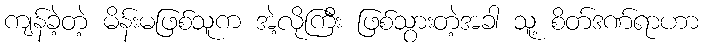
ကျန်ခဲ့တဲ့ မိန်းမဖြစ်သူက အဲ့လိုကြီး ဖြစ်သွားတဲ့အခါ သူ့ စိတ်ဒဏ်ရာဟာ